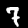
Digit: 7